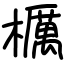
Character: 櫔